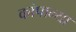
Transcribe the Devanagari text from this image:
कांपान्या